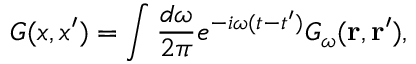
G ( x , x ^ { \prime } ) = \int { \frac { d \omega } { 2 \pi } } e ^ { - i \omega ( t - t ^ { \prime } ) } { \cal G } _ { \omega } ( { \bf r , r ^ { \prime } } ) ,